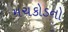
મચકોડનો